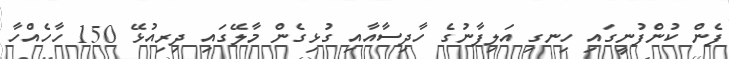
ފެން ކުންފުނީގައި ހިނގި އަލިފާނުގެ ހާދިސާއާއި ގުޅިގެން މާލޭގައި ދިރިއުޅޭ 150 ހާހެއްހާ